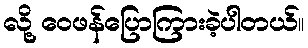
လို့ ဝေဖန်ပြောကြားခဲ့ပါတယ်။